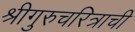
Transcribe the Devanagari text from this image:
श्रीगुरुचरित्राची